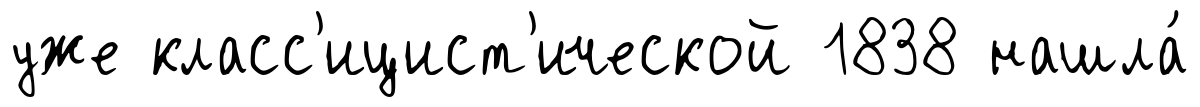
уже класс'ицист'ической 1838 нашла́